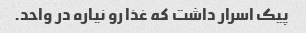
پیک اسرار داشت که غذا رو نیاره در واحد.